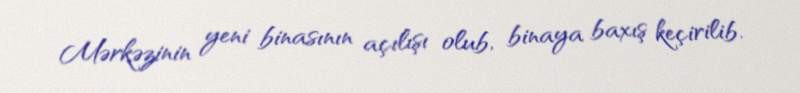
Mərkəzinin yeni binasının açılışı olub, binaya baxış keçirilib.